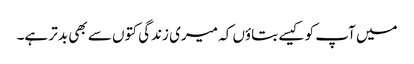
میں آپ کو کیسے بتاؤں کہ میری زندگی کتوں سے بھی بدتر ہے۔